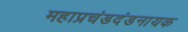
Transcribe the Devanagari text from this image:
महाप्रचंडदंडनायक